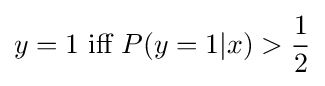
y=1{\text{ iff }}P(y=1|x)>{\frac {1}{2}}